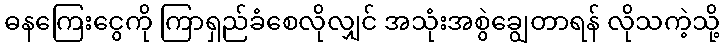
ဓနကြေးငွေကို ကြာရှည်ခံစေလိုလျှင် အသုံးအစွဲချွေတာရန် လိုသကဲ့သို့